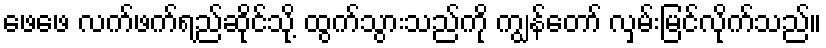
ဖေဖေ လက်ဖက်ရည်ဆိုင်သို့ ထွက်သွားသည်ကို ကျွန်တော် လှမ်းမြင်လိုက်သည်။